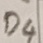
Text: D4